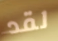
لقد